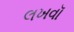
લખવૉ